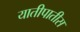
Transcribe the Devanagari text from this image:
यातीपातीस